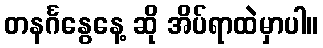
တနင်္ဂနွေနေ့ ဆို အိပ်ရာထဲမှာပါ။